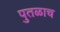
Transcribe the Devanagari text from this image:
पुतळाच